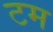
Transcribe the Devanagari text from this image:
टम